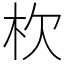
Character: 杴